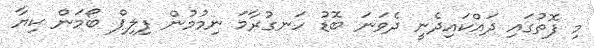
މި ފޮތުގައި ދައްކައިދެނީ ދެވަނަ ބޮޑު ހަނގުރާމަ ނިމުމުން ފިލިޕް ބޯމަން ކިޔާ